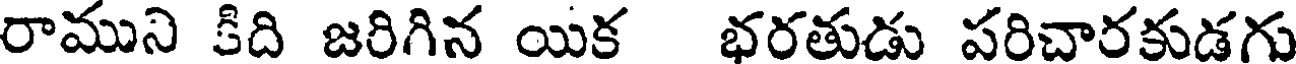
రాముని కిది జరిగిన యిక భరతుడు పరిచారకుడగు